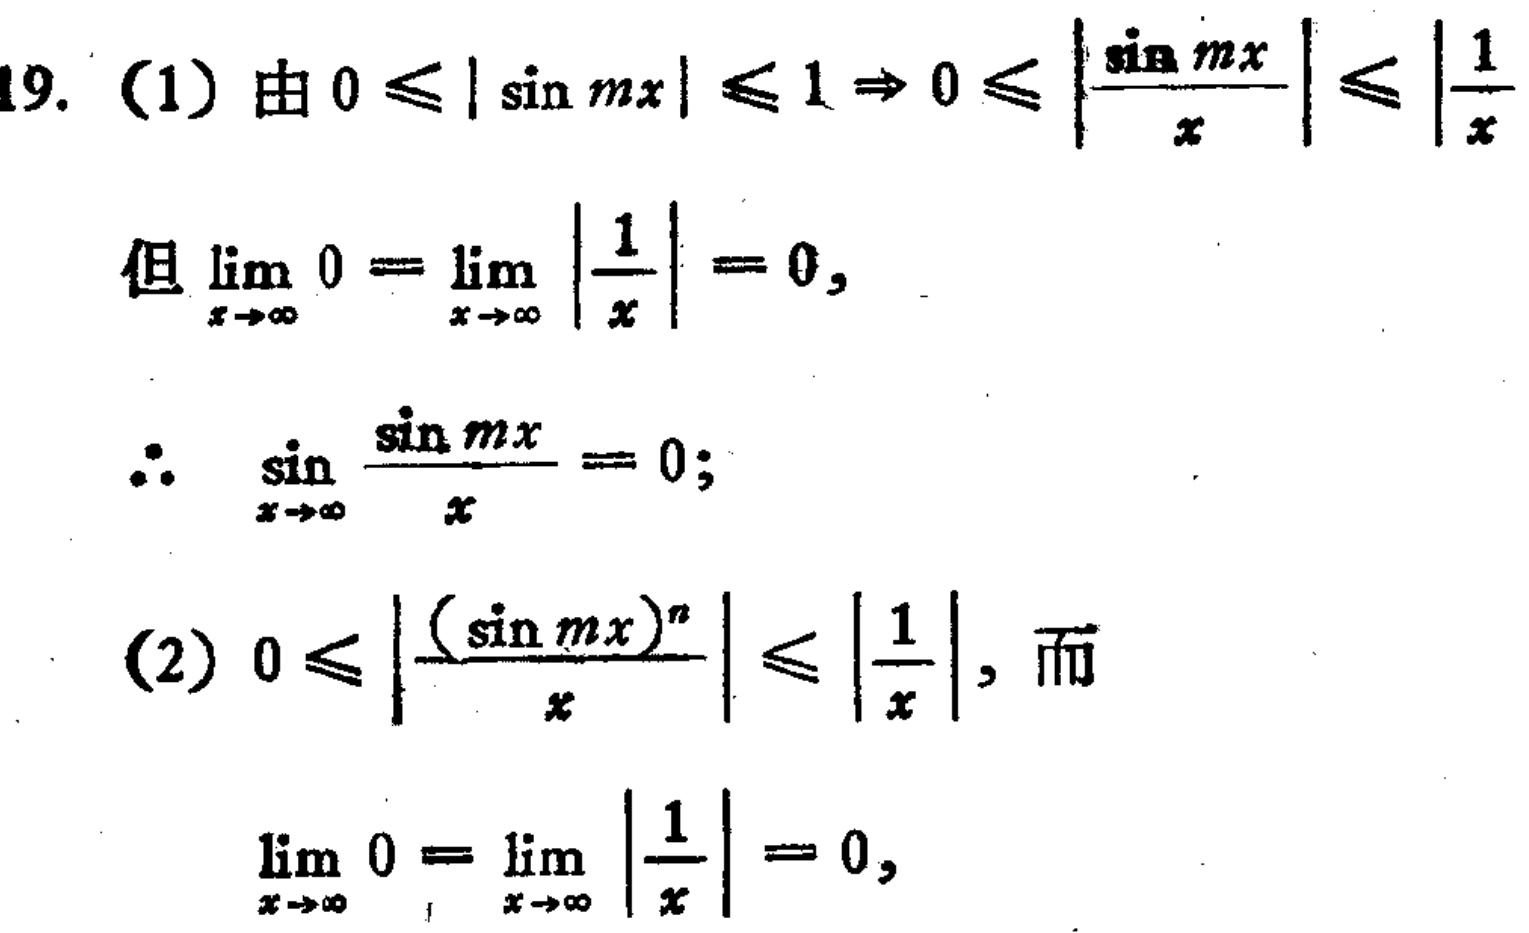
19. (1) 由 \(0\leqslant|\sin mx|\leqslant1\Rightarrow0\leqslant\left|\frac{\sin mx}{x}\right|\leqslant\left|\frac{1}{x}\right|\)
但 \(\lim_{x \to \infty} 0=\lim_{x \to \infty}\left|\frac{1}{x}\right| = 0\),
\(\therefore\ \lim_{x \to \infty}\frac{\sin mx}{x}=0\);
(2) \(0\leqslant\left|\frac{(\sin mx)^n}{x}\right|\leqslant\left|\frac{1}{x}\right|\), 而
\(\lim_{x \to \infty} 0=\lim_{x \to \infty}\left|\frac{1}{x}\right| = 0\),